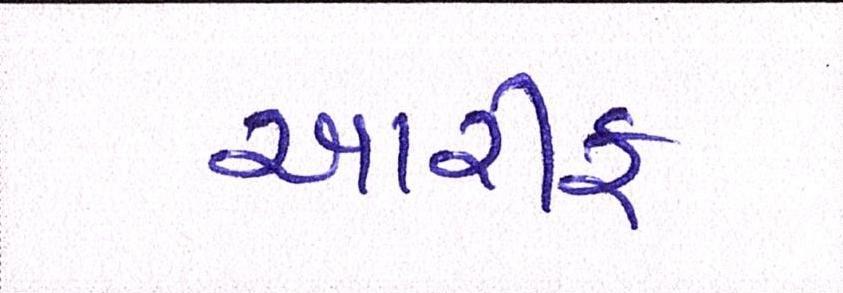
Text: આરીફ